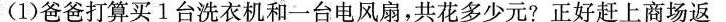
(1)爸爸打算买1台洗衣机和一台电风扇，共花多少元?正好赶上商场返